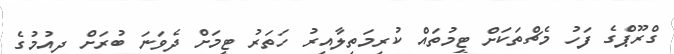
ގްރޫޕްގެ ފަހު މެޗްތަކަށް ޓީމުތައް ކުރިމަތިލާއިރު ހަތަރު ޓީމަށް ދެވަނަ ބުރަށް ދިއުމުގެ